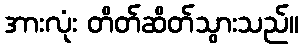
အားလုံး တိတ်ဆိတ်သွားသည်။